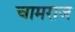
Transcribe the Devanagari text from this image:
चामराज